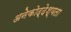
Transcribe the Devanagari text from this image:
अनेकोद्देश्यता